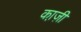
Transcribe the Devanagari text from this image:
का़ज़ी